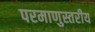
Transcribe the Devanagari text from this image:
परमाणुस्तरीय